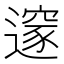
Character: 𨗉